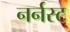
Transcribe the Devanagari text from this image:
नर्नस्ट